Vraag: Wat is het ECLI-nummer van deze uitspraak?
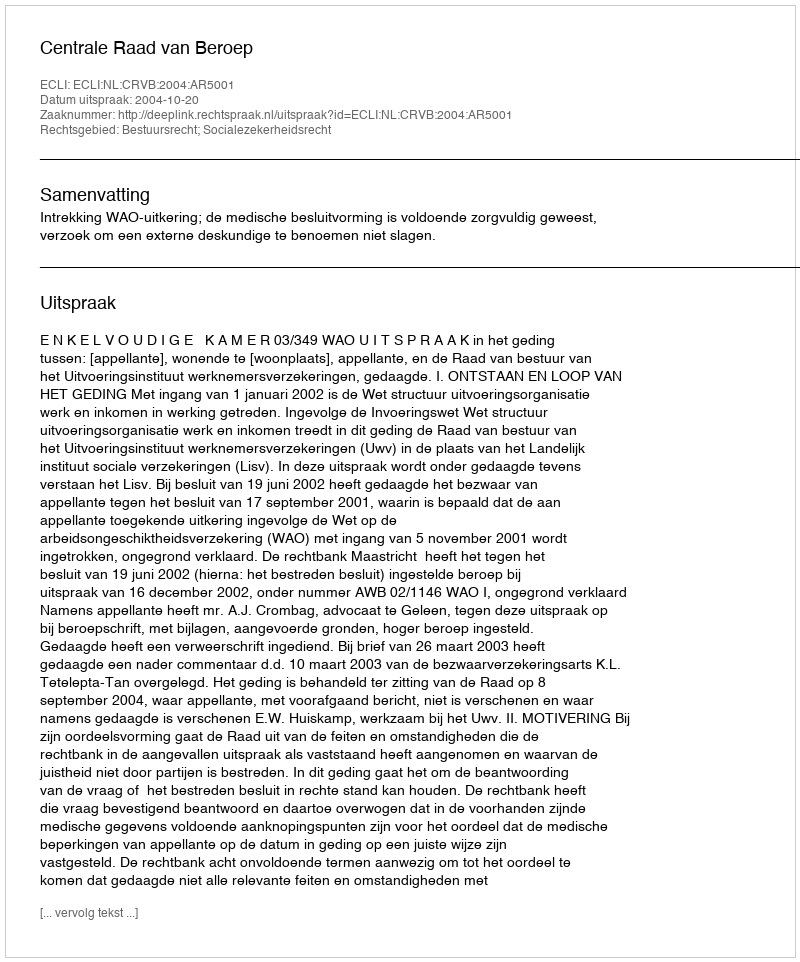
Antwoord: ECLI:NL:CRVB:2004:AR5001